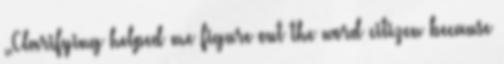
„Clarifying helped me figure out the word citizen because